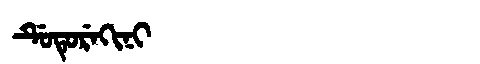
Manchu: ᡩᡠᡨᡠᡵᡝᡴᡳᠨᡳ
Romanization: DUTUREKINI